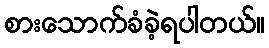
စားသောက်ခံခဲ့ရပါတယ်။